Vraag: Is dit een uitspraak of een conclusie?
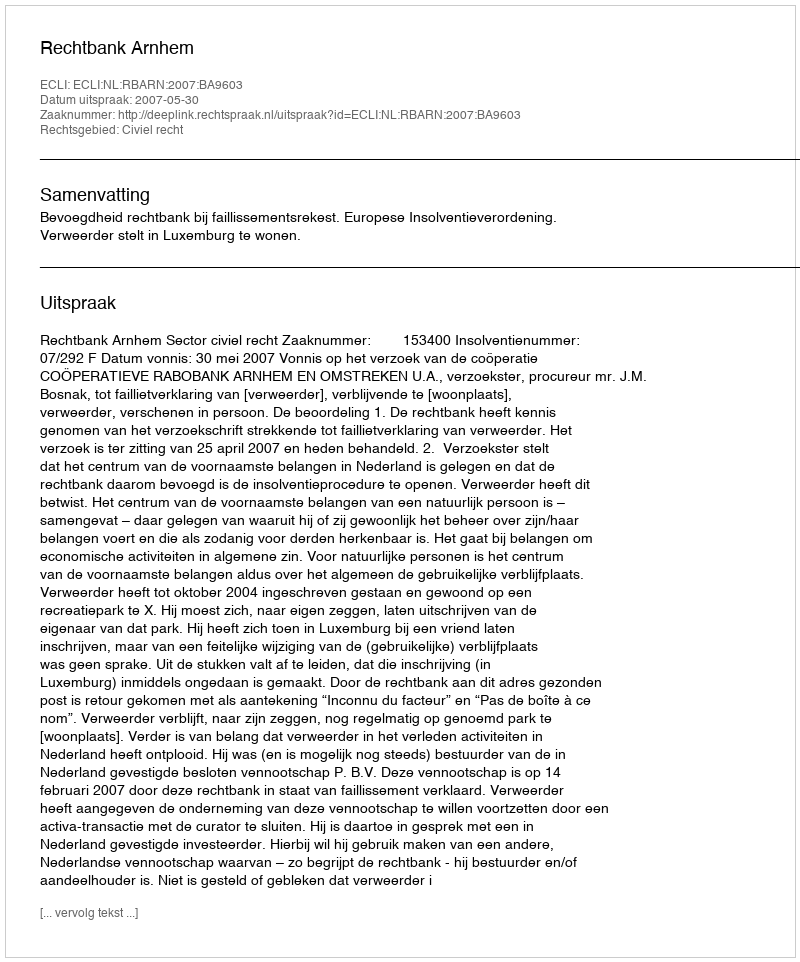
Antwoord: Uitspraak